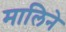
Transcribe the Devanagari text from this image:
मालिने